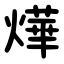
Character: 燁